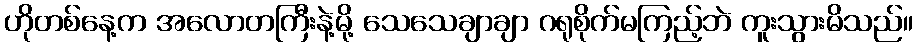
ဟိုတစ်နေ့က အလောတကြီးနဲ့မို့ သေသေချာချာ ဂရုစိုက်မကြည့်ဘဲ ကူးသွားမိသည်။